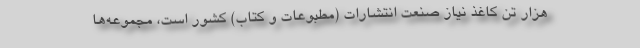
هزار تن کاغذ نیاز صنعت انتشارات (مطبوعات و کتاب) کشور است، مجموعه‌ها